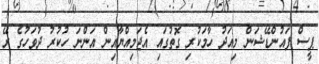
ޕީސް ފައުންޑޭޝަން މިއަދު ހާމަކުރި ގޮތުގައި އެޖަމިއްޔާއިން އަންނަ ހުކުރު ދުވަހުގެ ރޭ